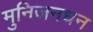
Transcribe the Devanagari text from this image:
मुनिजनधन